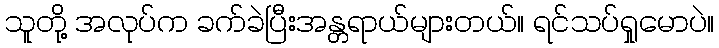
သူတို့ အလုပ်က ခက်ခဲပြီးအန္တရာယ်များတယ်။ ရင်သပ်ရှုမောပဲ။